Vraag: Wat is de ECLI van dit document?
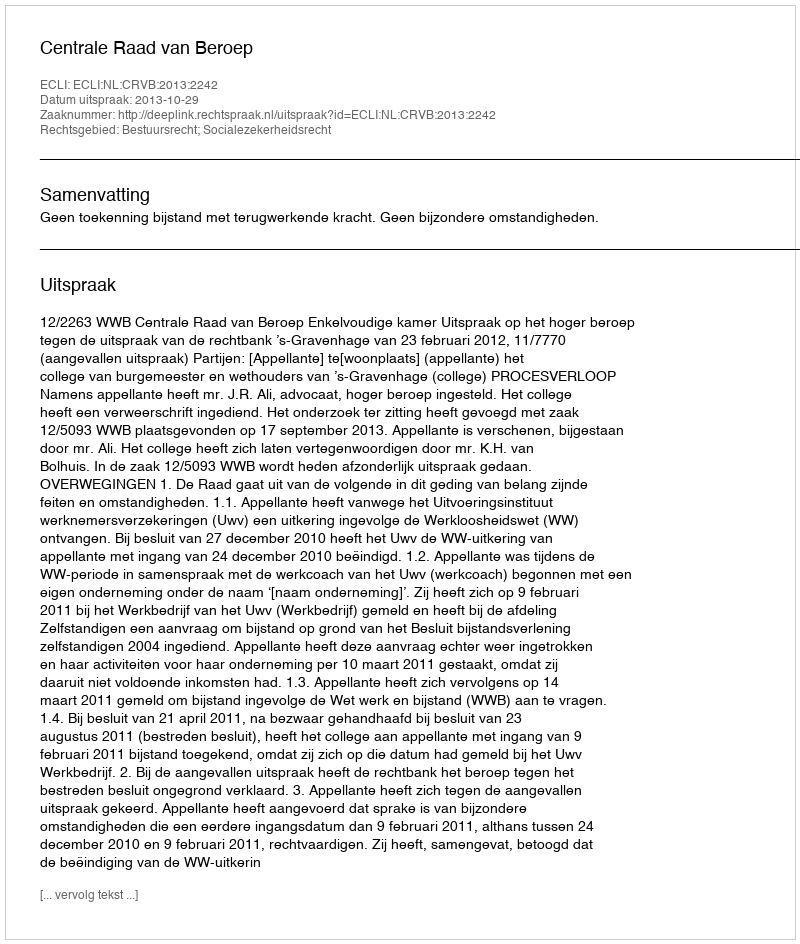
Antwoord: ECLI:NL:CRVB:2013:2242